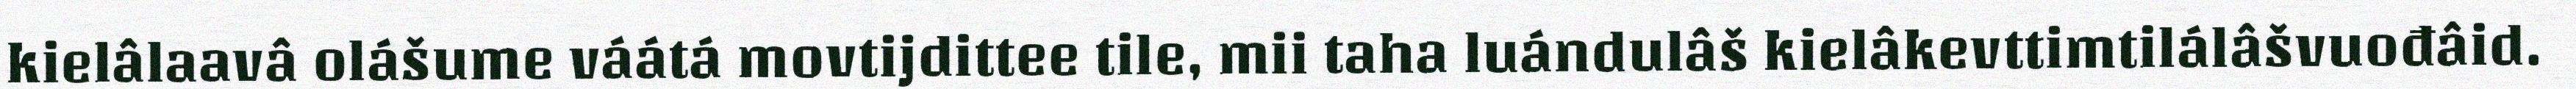
kielâlaavâ olášume váátá movtijdittee tile, mii taha luándulâš kielâkevttimtilálâšvuođâid.